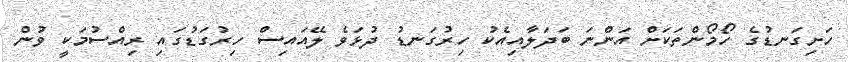
ހަށިގަނޑުގެ ހޯމޯންތަކަށް އަންނަ ބަދަލާއިއެކު ހިރުގަނޑު ދުޅަވެ ލޭއައިސް ހިރުގަޑުގައި ރިއްސުމަކީ ވުން